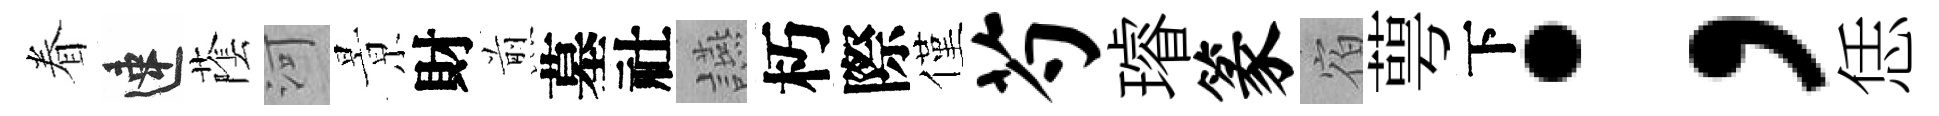
眷速䕃河㬌財煎墓社讌朽際僅芍璿篆宿萼下；恁